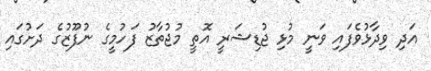
އަދި ވިދާޅުވެފައި ވަނީ މުޅި ޖުޑިޝަރީ އޮތީ މުޖުތާޒު ފަހުމީގެ ނުފޫޒުގެ ދަށުގައި